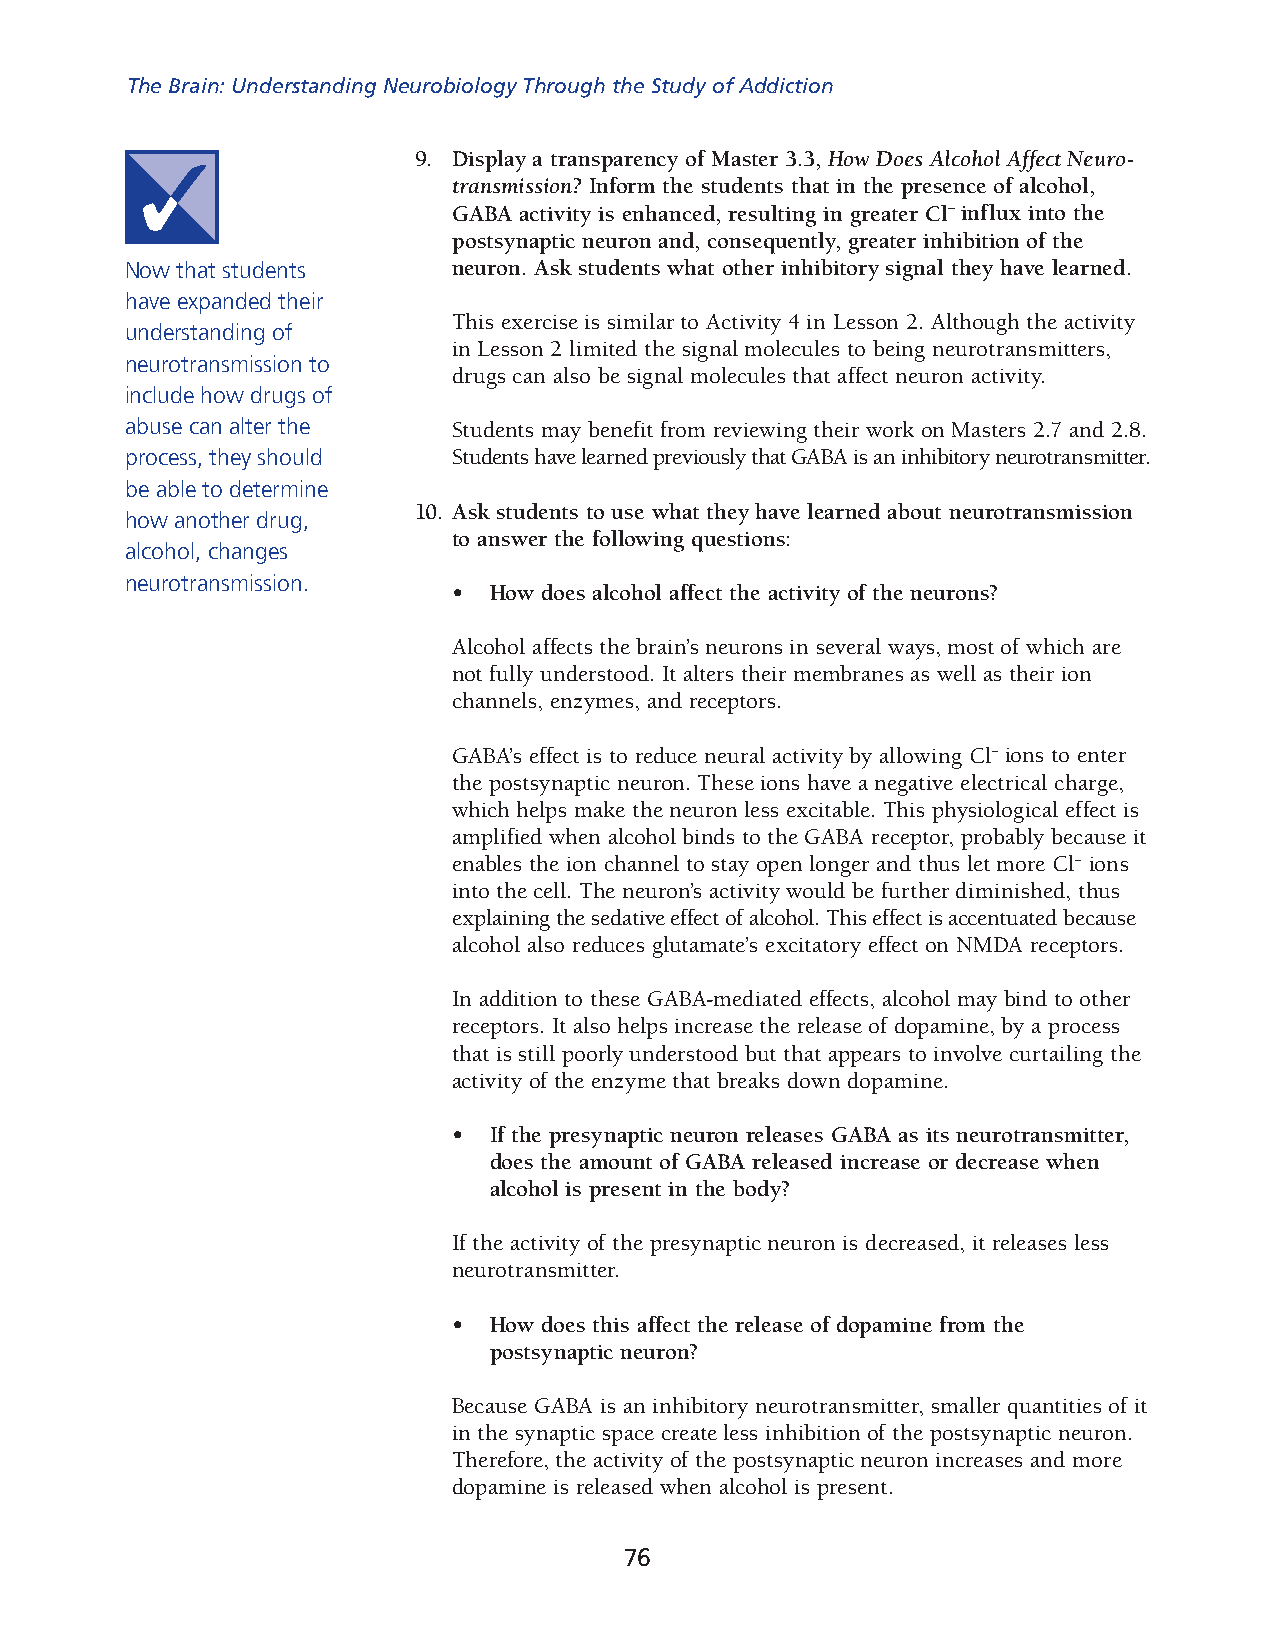
The Brain: Understanding Neurobiology Through the Study of Addiction
 9. Display a transparency of Master 3.3, How Does Alcohol Affect Neuro­
 transmission? Inform the students that in the presence of alcohol,
 GABA activity is enhanced, resulting in greater Cl– influx into the
 postsynaptic neuron and, consequently, greater inhibition of the
 Now that students     neuron. Ask students what other inhibitory signal they have learned.
 have expanded their
 This exercise is similar to Activity 4 in Lesson 2. Although the activity
 understanding of
 in Lesson 2 limited the signal molecules to being neurotransmitters,
 neurotransmission to
 drugs can also be signal molecules that affect neuron activity.
 include how drugs of
 abuse can alter the   Students may benefit from reviewing their work on Masters 2.7 and 2.8.
 process, they should  Students have learned previously that GABA is an inhibitory neurotrans mitter.
 be able to determine
 10. Ask students to use what they have learned about neurotransmission
 how another drug,
 to answer the following questions:
 alcohol, changes
 neurotransmission.
 • How does alcohol affect the activity of the neurons?
 Alcohol affects the brain’s neurons in several ways, most of which are
 not fully understood. It alters their membranes as well as their ion
 channels, enzymes, and receptors.
 GABA’s effect is to reduce neural activity by allowing Cl– ions to enter
 the postsynaptic neuron. These ions have a negative electrical charge,
 which helps make the neuron less excitable. This physiological effect is
 amplified when alcohol binds to the GABA receptor, probably because it
 enables the ion channel to stay open longer and thus let more Cl– ions
 into the cell. The neuron’s activity would be further diminished, thus
 explaining the sedative effect of alcohol. This effect is accentuated because
 alcohol also reduces glutamate’s excitatory effect on NMDA receptors.
 In addition to these GABA-mediated effects, alcohol may bind to other
 receptors. It also helps increase the release of dopamine, by a process
 that is still poorly understood but that appears to involve curtailing the
 activity of the enzyme that breaks down dopamine.
 • If the presynaptic neuron releases GABA as its neurotransmitter,
 does the amount of GABA released increase or decrease when
 alcohol is present in the body?
 If the activity of the presynaptic neuron is decreased, it releases less
 neurot ransmitter.
 • How does this affect the release of dopamine from the
 postsynaptic neuron?
 Because GABA is an inhibitory neurotransmitter, smaller quantities of it
 in the synaptic space create less inhibition of the postsynaptic neuron.
 Theref ore, the activity of the postsynaptic neuron increases and more
 dopamine is released when alcohol is present.
 76